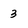
Character: 3